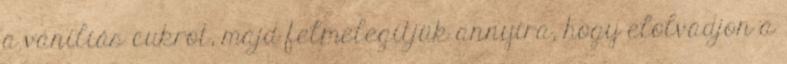
a vaníliás cukrot, majd felmelegítjük annyira, hogy elolvadjon a